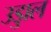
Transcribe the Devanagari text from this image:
उडुाल